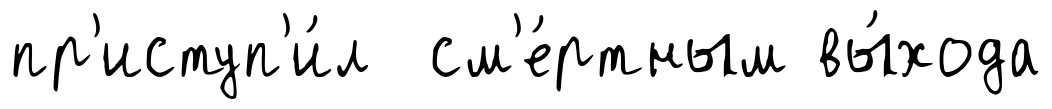
пр'иступ'и́л см'е́ртным вы́хода